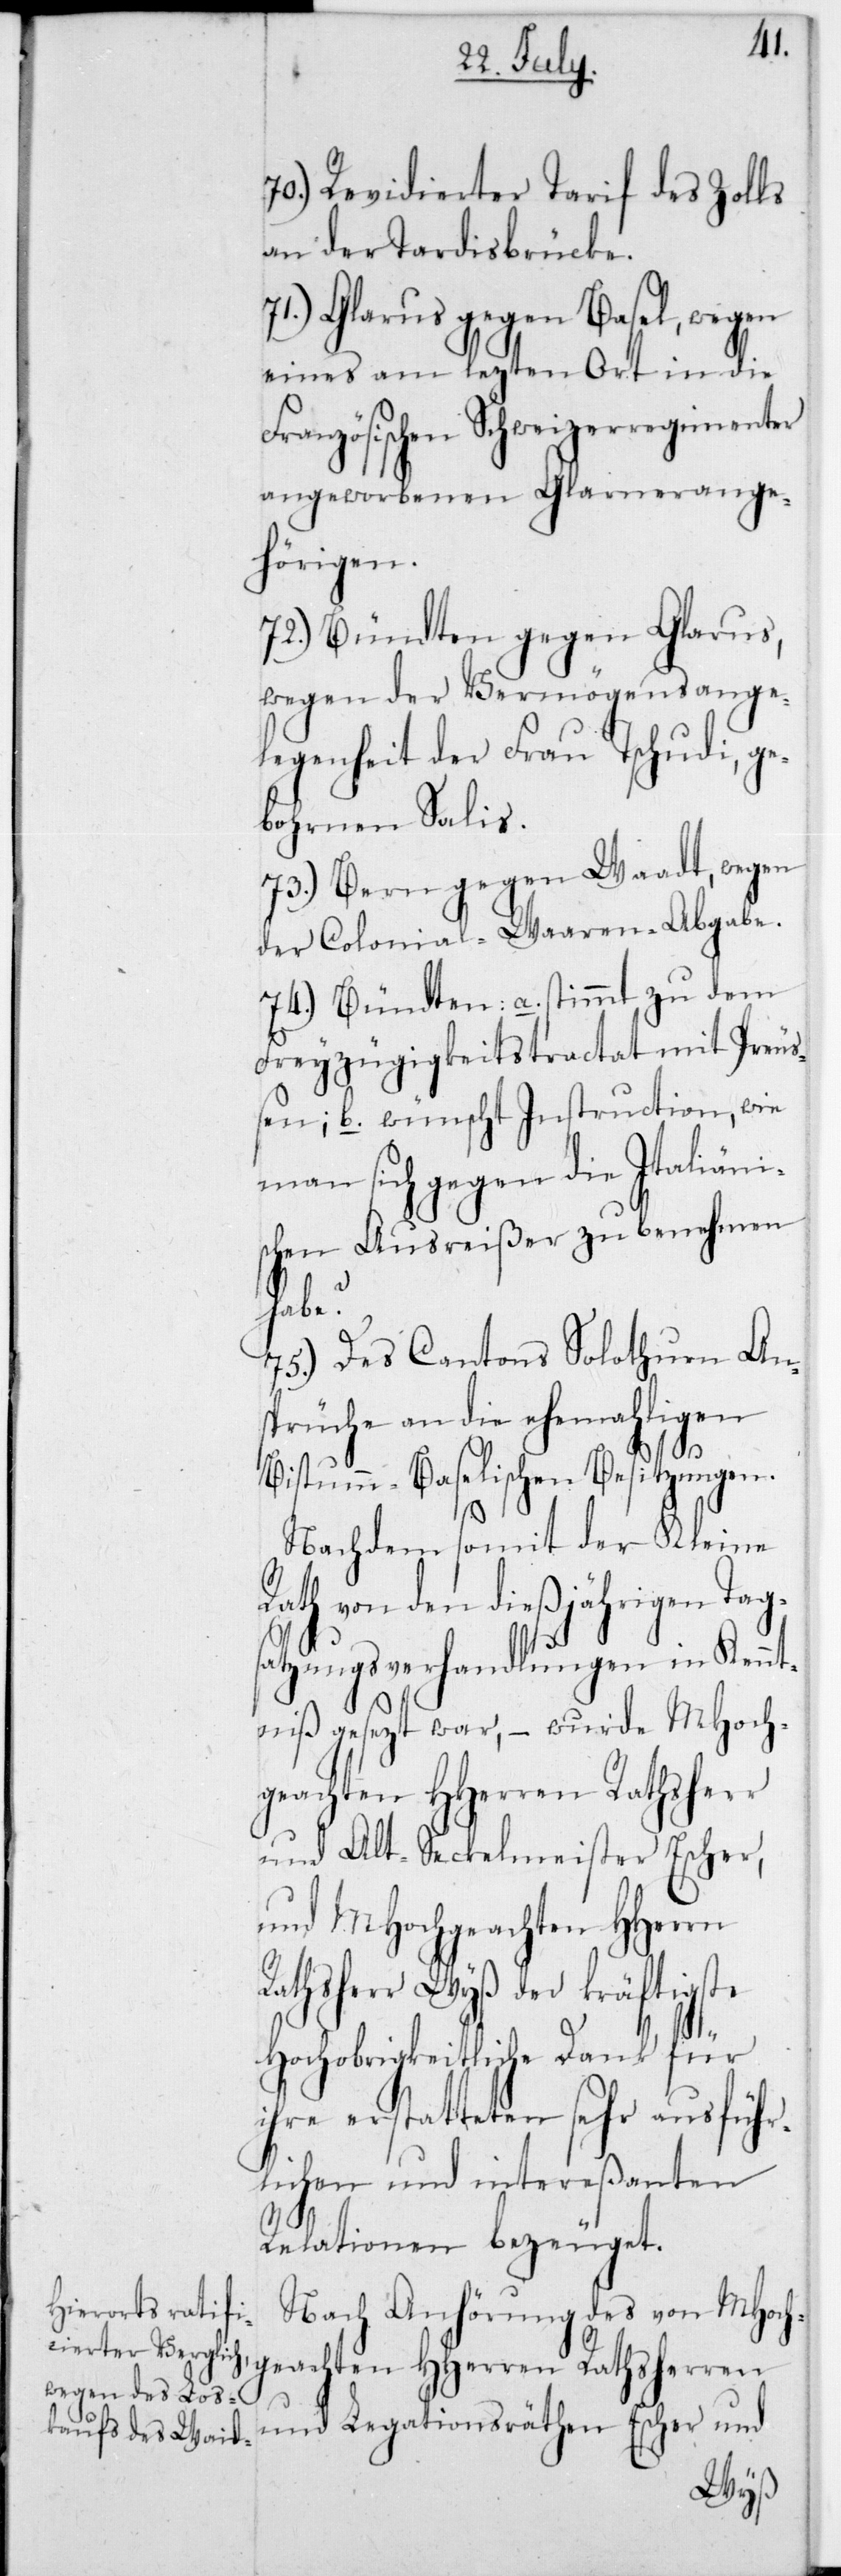
70.) Revidierter Tarif des Zolls
an der Tardisbrücke.
71.) Glarus gegen Basel, wegen
eines am lezten Ort in die
Französischen Schweizerregimenter
angeworbenen Glarnerange¬
hörigen.
72.) Bündten gegen Glarus,
wegen der Vermögensange¬
legenheit der Frau Tschudi, ge¬
bohrnen Salis.
73.) Bern gegen Waadt, wegen
der Colonial-Waaren-Abgabe.
Freyzügigkeitstractat mit Preus¬
b. wünscht Instruction, wie
man sich gegen dieItaliäni¬
schen Ausreißer zu benehmen
habe?
75.) Des Cantons Solothurn An¬
sprüche an die ehemahligen
a.
Bistumm-Baselischen Besitzungen.
Nachdem somit der Kleine
von den dießjährigen Tag¬
satzungsverhandlungen in Kennt¬
niß gesezt war, – wurde MHoch¬
geachten HHerren Ratsherr
und Alt-Seckelmeister Escher,
und MHochgeachten HHerrn
Rathsherr Wyß der kräftigste
hochobrigkeitliche Dank für
ihre erstatteten sehr ausführ¬
lichen und intereßanten
Relationen bezeuget.
Nach Anhörung des von MHoch¬
geachten HHerren Rathsherren
und Legationsräthen Escher und
sen;